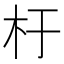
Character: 杅